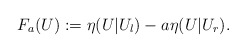
\begin{align*}F_a(U):=\eta(U|U_l)-a\eta(U|U_r).\end{align*}